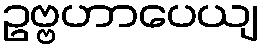
ဥဗ္ဗဟာပေယျ